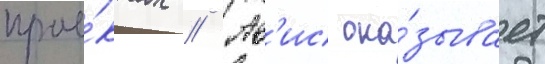
прое́ктах // Ав'ис ока́зывает